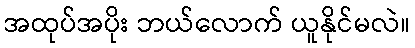
အထုပ်အပိုး ဘယ်လောက် ယူနိုင်မလဲ။